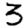
Digit: 3